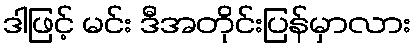
ဒါဖြင့် မင်း ဒီအတိုင်းပြန်မှာလား